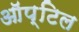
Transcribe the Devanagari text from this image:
ऑप्टिल